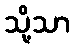
သို့သာ